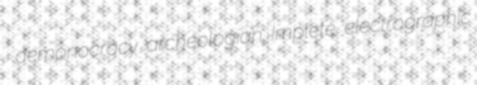
demonocracy archeologian implete electrographic